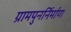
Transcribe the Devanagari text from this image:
ग्रामपुनर्निर्माण